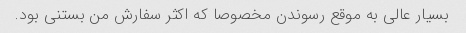
بسیار عالی به موقع رسوندن مخصوصا که اکثر سفارش من بستنی بود.